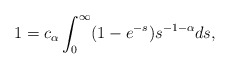
\begin{align*}1 = c_{\alpha} \int_0^{\infty}(1-e^{-s})s^{-1-\alpha}ds,\end{align*}